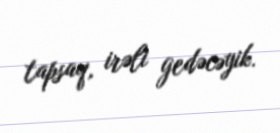
tapsaq, irəli gedəcəyik.